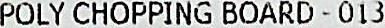
POLY CHOPPING BOARD - 013